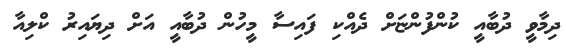
ދިމާވީ ދުބާއީ ކުންފުންޏަށް ދެއްކި ފައިސާ މީހުން ދުބާއީ އަށް ދިޔައިރު ކްލިއާ